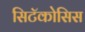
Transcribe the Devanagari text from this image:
सिटॅकोसिस